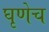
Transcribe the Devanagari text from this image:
घृणेच